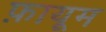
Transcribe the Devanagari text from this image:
फ़ायूम